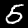
Label: 5